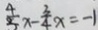
\frac { 4 } { 3 } x - \frac { 3 } { 4 } x = - 1